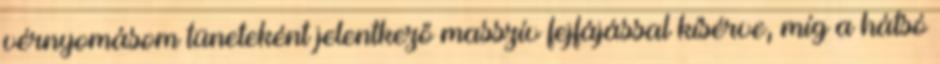
vérnyomásom tüneteként jelentkező masszív fejfájással kísérve, míg a hátsó